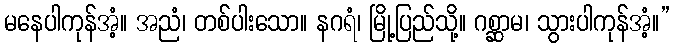
မနေပါကုန်အံ့။ အညံ၊ တစ်ပါးသော။ နဂရံ၊ မြို့ပြည်သို့။ ဂစ္ဆာမ၊ သွားပါကုန်အံ့။”